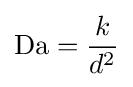
\mathrm {Da} ={\frac {k}{d^{2}}}